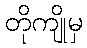
တိုကျိုမှ